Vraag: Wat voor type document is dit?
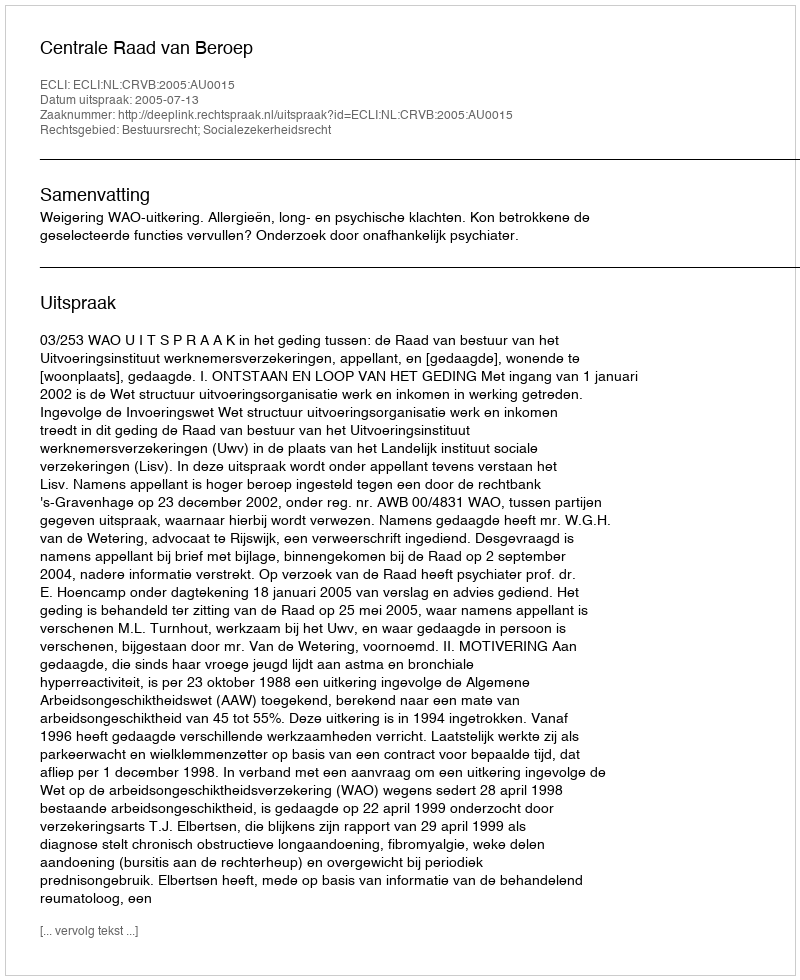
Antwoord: Uitspraak